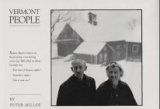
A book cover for Vermont People; Travel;